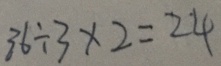
3 6 \div 3 \times 2 = 2 4